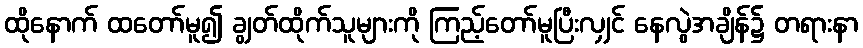
ထိုနောက် ထတော်မူ၍ ချွတ်ထိုက်သူများကို ကြည့်တော်မူပြီးလျှင် နေလွဲအချိန်၌ တရားနာ